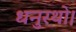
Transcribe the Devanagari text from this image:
धनुरथो।